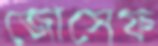
জোসেফ